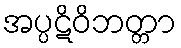
အပ္ပဋိဝိဘတ္တာ